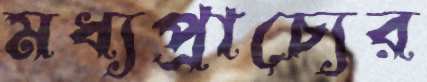
মধ্যপ্রাচ্যের